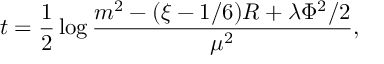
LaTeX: t = \frac { 1 } { 2 } \log \frac { m ^ { 2 } - ( \xi - 1 / 6 ) R + \lambda \Phi ^ { 2 } / 2 } { \mu ^ { 2 } } ,